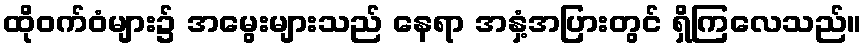
ထိုဝက်ဝံများ၌ အမွေးများသည် နေရာ အနှံ့အပြားတွင် ရှိကြလေသည်။